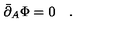
\bar { \partial } _ { A } \Phi = 0 \quad .